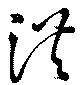
洪